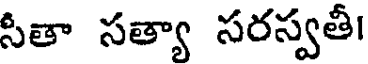
సీతా సత్యా సరస్వతీ